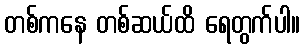
တစ်ကနေ တစ်ဆယ်ထိ ရေတွက်ပါ။